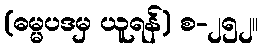
(ဓမ္မပဒမှ ယူရန်) စ-၂၅၂။